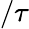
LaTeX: /\tau